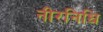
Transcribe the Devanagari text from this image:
नीरनिधि